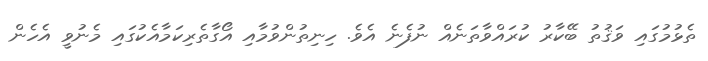
ތެޅުމުގައި ވަޤުތު ބޭކާރު ކުރައްވާތަނެއް ނުފެނެ އެވެ. ހިނިތުންވުމާއި އޯގާތެރިކަމާއެކުގައި މެނުވީ އެހެން